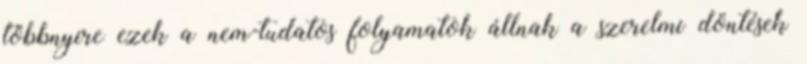
többnyire ezek a nem-tudatos folyamatok állnak a szerelmi döntések